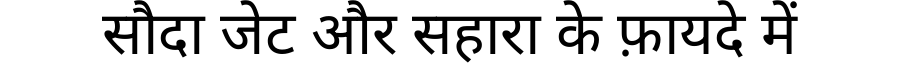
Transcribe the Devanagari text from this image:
सौदा जेट और सहारा के फ़ायदे में